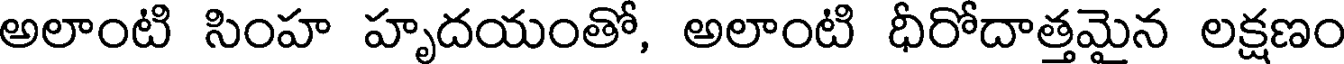
అలాంటి సింహ హృదయంతో, అలాంటి ధీరోదాత్తమైన లక్షణం